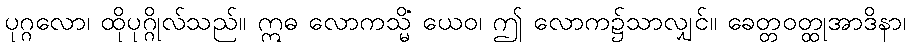
ပုဂ္ဂလော၊ ထိုပုဂ္ဂိုလ်သည်။ ဣဓ လောကသ္မိံ ယေဝ၊ ဤ လောက၌သာလျှင်။ ခေတ္တဝတ္ထုအာဒိနာ၊